Scottish Leaving Certificate Examination, 1957
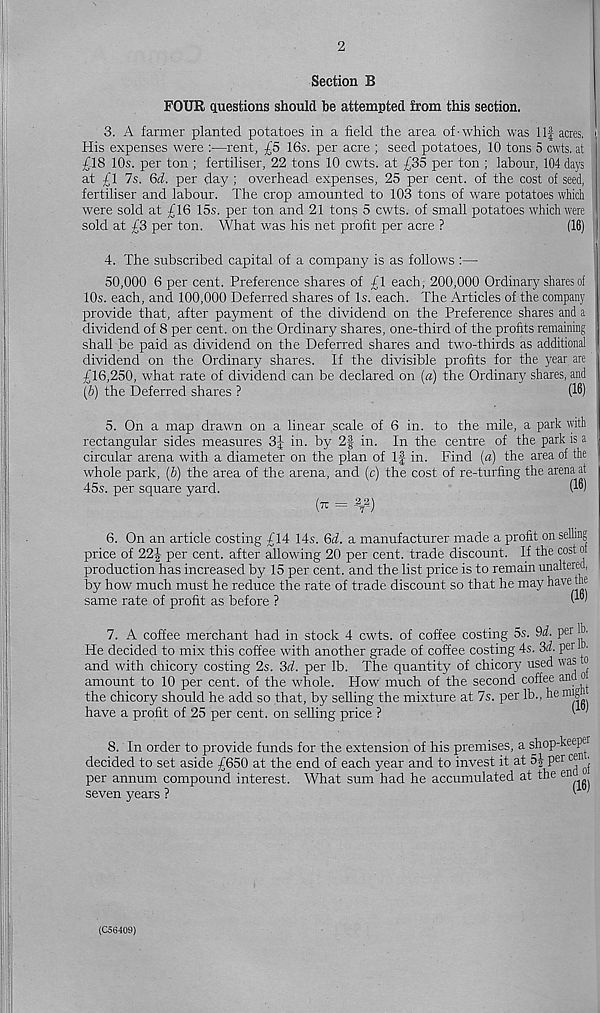
2
Section B
FOUR questions should be attempted from this section.
3. A farmer planted potatoes in a field the area of-which was Ilf acres.
His expenses were :—rent, £5 16s. per acre ; seed potatoes, 10 tons 5 cwts. at
£18 10s. per ton ; fertiliser, 22 tons 10 cwts. at £35 per ton ; labour, 104 days
at £1 7s. 6d. per day ; overhead expenses, 25 per cent, of the cost of seed,
fertiliser and labour. The crop amounted to 103 tons of ware potatoes which
were sold at £16 15s. per ton and 21 tons 5 cwts. of small potatoes which were
sold at £3 per ton. What was his net profit per acre ?
(16)
4. The subscribed capital of a company is as follows :—
50,000 6 per cent. Preference shares of £1 each, 200,000 Ordinary shares of
10s. each, and 100,000 Deferred shares of Is. each. The Articles of the company
provide that, after payment of the dividend on the Preference shares and a
dividend of 8 per cent, on the Ordinary shares, one-third of the profits remaining
shall be paid as dividend on the Deferred shares and two-thirds as additional
dividend on the Ordinary shares. If the divisible profits for the year are
£16,250, what rate of dividend can be declared on (a) the Ordinary shares, and
(6) the Deferred shares ?
(16)
5. On a map drawn on a linear scale of 6 in. to the mile, a park with
rectangular sides measures 3| in. by 2f in. In the centre of the park is a
circular arena with a diameter on the plan of If in. Find (a) the area of the
whole park, (6) the area of the arena, and (c) the cost of re-turfing the arena at
45s. per square yard.
(16)
6. On an article costing £14 14s. 6d. a manufacturer made a profit on selling
price of 22J per cent, after allowing 20 per cent, trade discount. If the cost oi
production has increased by 15 per cent, and the list price is to remain unaltered,
by how' much must he reduce the rate of trade discount so that he may have the
same rate of profit as before ?
I*”'
7. A coffee merchant had in stock 4 cwts. of coffee costing 5s. 9d- per lb-
He decided to mix this coffee with another grade of coffee costing 4s. 3d. per •
and with chicory costing 2s. 3d. per lb. The quantity of chicory used was a
amount to 10 per cent, of the whole. How much of the second coffee and o
the chicory should he add so that, by selling the mixture at 7s. per lb., he migd
have a profit of 25 per cent, on selling price ?
I '
8. In order to provide funds for the extension of his premises, a shop-keeper
, __,f. r„r- n , ,1
1 r
i
. . -I j..
4. «+ <0. nfiT Cettt
decided to set aside £650 at the end of each year and to invest it at 5| per ^
per annum compound interest. What sum had he accumulated at the en
seven years ?
r
(C56409)